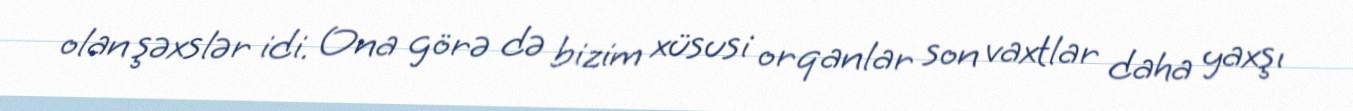
olan şəxslər idi. Ona görə də bizim xüsusi orqanlar son vaxtlar daha yaxşı